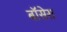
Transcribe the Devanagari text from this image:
बॉसेस